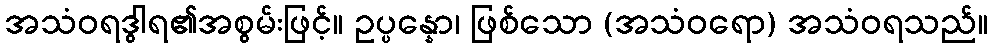
အသံဝရဒွါရ၏အစွမ်းဖြင့်။ ဥပ္ပန္နော၊ ဖြစ်သော (အသံဝရော) အသံဝရသည်။